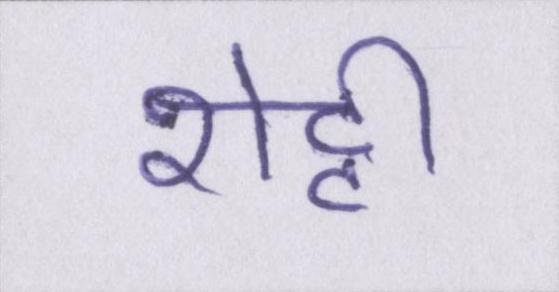
शेट्टी